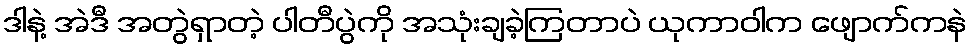
ဒါနဲ့ အဲဒီ အတွဲရှာတဲ့ ပါတီပွဲကို အသုံးချခဲ့ကြတာပဲ ယုကာဝါက ဖျောက်ကနဲ